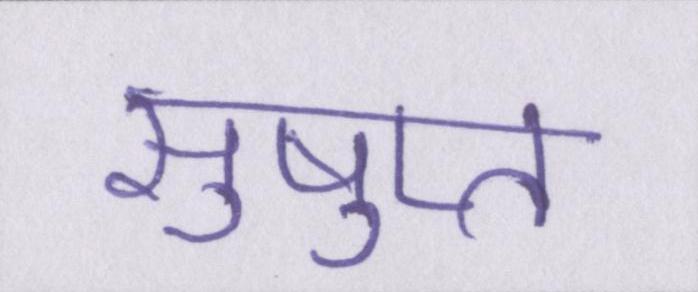
सुषुप्त